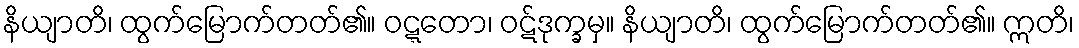
နိယျာတိ၊ ထွက်မြောက်တတ်၏။ ဝဋ္ဋတော၊ ဝဋ်ဒုက္ခမှ။ နိယျာတိ၊ ထွက်မြောက်တတ်၏။ ဣတိ၊